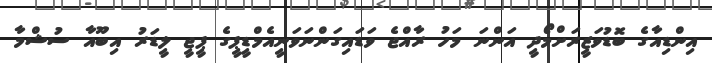
އިންޑިއާގެ ބޮޑުވަޒީރަށްމޯދީ އަންނަ މަހު ރާއްޖެ ވަޑައިގަންނަވަނީއެމްޑީޕީގެ ޕީޖީ ލީޑަރު އިބޫއާ ސުޝްމާ